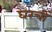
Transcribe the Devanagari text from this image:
घरचीं